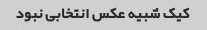
کیک شبیه عکس انتخابی نبود